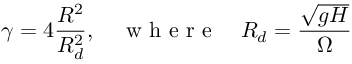
\gamma = 4 \frac { R ^ { 2 } } { R _ { d } ^ { 2 } } , \quad \mathrm { ~ w ~ h ~ e ~ r ~ e ~ } \quad R _ { d } = \frac { \sqrt { g H } } { \Omega }